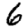
Digit: 6